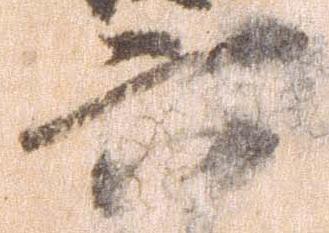
六